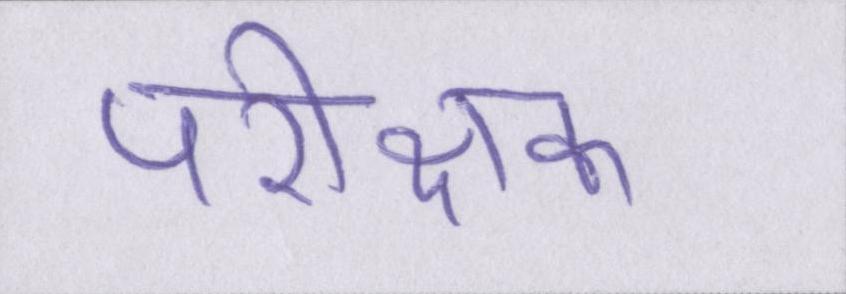
परीक्षक